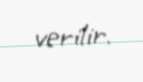
verilir.